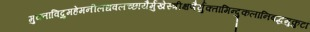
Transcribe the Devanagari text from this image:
मुक्ताविद्रुमहेमनीलधवलच्छायैर्मुखेस्त्रीक्षणैर्युक्तामिन्दुकलानिबद्धमुकुटां